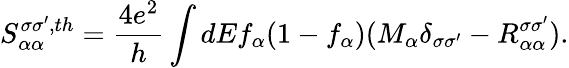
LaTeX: {S_{\alpha\alpha}^{\sigma\sigma^{\prime},th}}=\frac{4e^{2}}{h}\int dEf_{\alpha}(1-f_{\alpha})(M_{\alpha}\delta_{\sigma\sigma^{\prime}}-R_{\alpha\alpha}^{\sigma\sigma^{\prime}}).